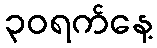
၃၀ရက်နေ့